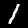
Digit: 1